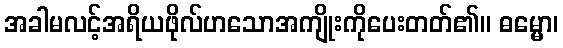
အခါမလင့်အရိယဖိုလ်ဟသောအကျိုးကိုပေးတတ်၏။ ဓမ္မော၊